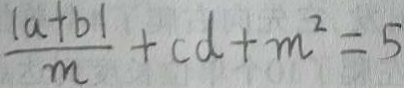
\frac { \vert a + b \vert } { m } + c d + m ^ { 2 } = 5